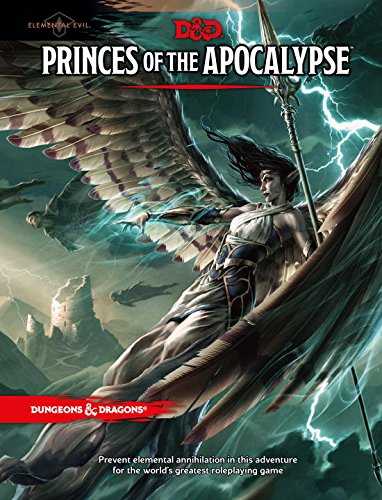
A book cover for Princes of the Apocalypse (D&D Accessory); Wizards RPG Team; Science Fiction & Fantasy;